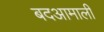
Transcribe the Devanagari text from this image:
बदआमाली